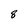
Character: 8